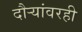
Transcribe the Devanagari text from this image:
दौर्‍यांवरही